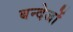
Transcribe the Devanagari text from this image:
बन्देजों